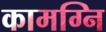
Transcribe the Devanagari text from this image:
कामग्नि